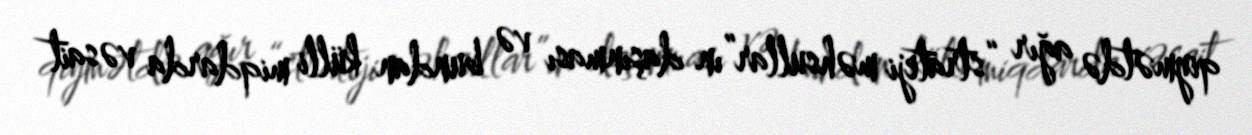
qiymətdə ağır “strateji məhsullar”ın daşınması və bundan külli miqdarda vəsait